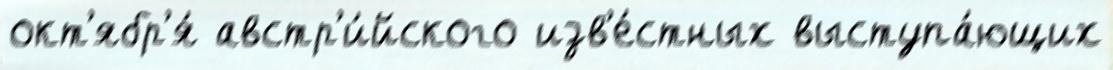
окт'ябр'я́ австр'и́йского изв'е́стных выступа́ющих